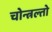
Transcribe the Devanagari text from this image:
चोन्त्रल्तो